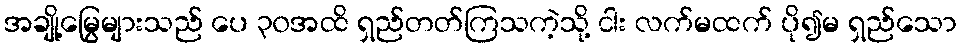
အချို့မြွေများသည် ပေ ၃၀အထိ ရှည်တတ်ကြသကဲ့သို့ ငါး လက်မထက် ပို၍မ ရှည်သော